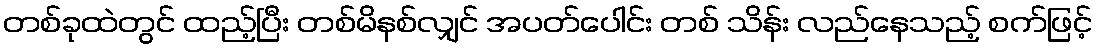
တစ်ခုထဲတွင် ထည့်ပြီး တစ်မိနစ်လျှင် အပတ်ပေါင်း တစ် သိန်း လည်နေသည့် စက်ဖြင့်